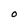
Character: O